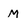
Character: M